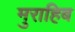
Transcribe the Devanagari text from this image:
मुराहिब